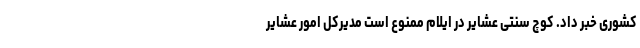
کشوری خبر داد. کوچ سنتی عشایر در ایلام ممنوع است مدیرکل امور عشایر